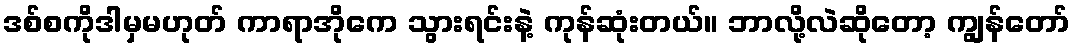
ဒစ်စကိုဒါမှမဟုတ် ကာရာအိုကေ သွားရင်းနဲ့ ကုန်ဆုံးတယ်။ ဘာလို့လဲဆိုတော့ ကျွန်တော်